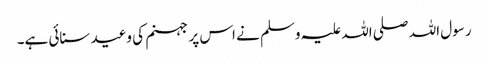
رسول اللہ صلی اللہ علیہ وسلم نے اس پر جہنم کی وعید سنائی ہے۔